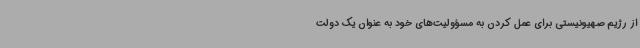
از رژیم صهیونیستی برای عمل کردن به مسؤولیت‌های خود به عنوان یک دولت